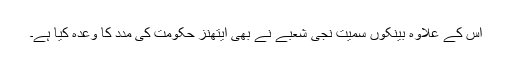
اس کے علاوہ بینکوں سمیت نجی شعبے نے بھی ایتھنز حکومت کی مدد کا وعدہ کیا ہے۔